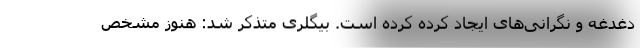
دغدغه و نگرانی‌های ایجاد کرده کرده است. بیگلری متذکر شد: هنوز مشخص